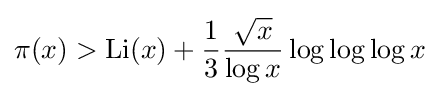
\pi (x)>\operatorname {Li} (x)+{\frac {1}{3}}{\frac {\sqrt {x}}{\log x}}\log \log \log x